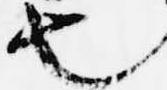
也